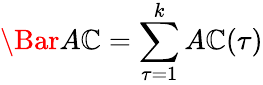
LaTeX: \Bar{A\mathbb{C}}=\sum_{\tau=1}^{k}A\mathbb{C}(\tau)